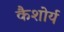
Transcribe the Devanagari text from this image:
कैशोर्य